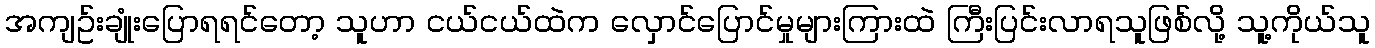
အကျဥ်းချုံးပြောရရင်တော့ သူဟာ ငယ်ငယ်ထဲက လှောင်ပြောင်မှုများကြားထဲ ကြီးပြင်းလာရသူဖြစ်လို့ သူ့ကိုယ်သူ